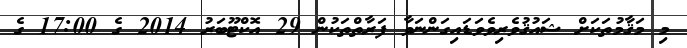
މި މަޤާމުތަކަށް ޝައުޤުވެރިވެވަޑައިގަންނަވާ ފަރާތްތަކުން 29 އޮކްޓޫބަރު 2014 ގެ 17:00 ގެ